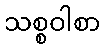
သစ္စဝါစာ